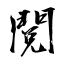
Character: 閲